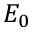
E _ { 0 }